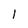
Character: 1